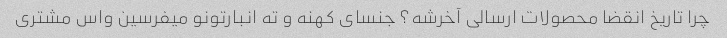
چرا تاریخ انقضا محصولات ارسالی آخرشه؟ جنسای کهنه و ته انبارتونو میفرسین واس مشتری